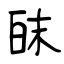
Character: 皌